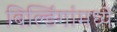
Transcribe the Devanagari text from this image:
बिल्डिंगांमध्ये